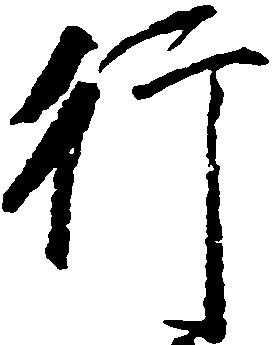
行